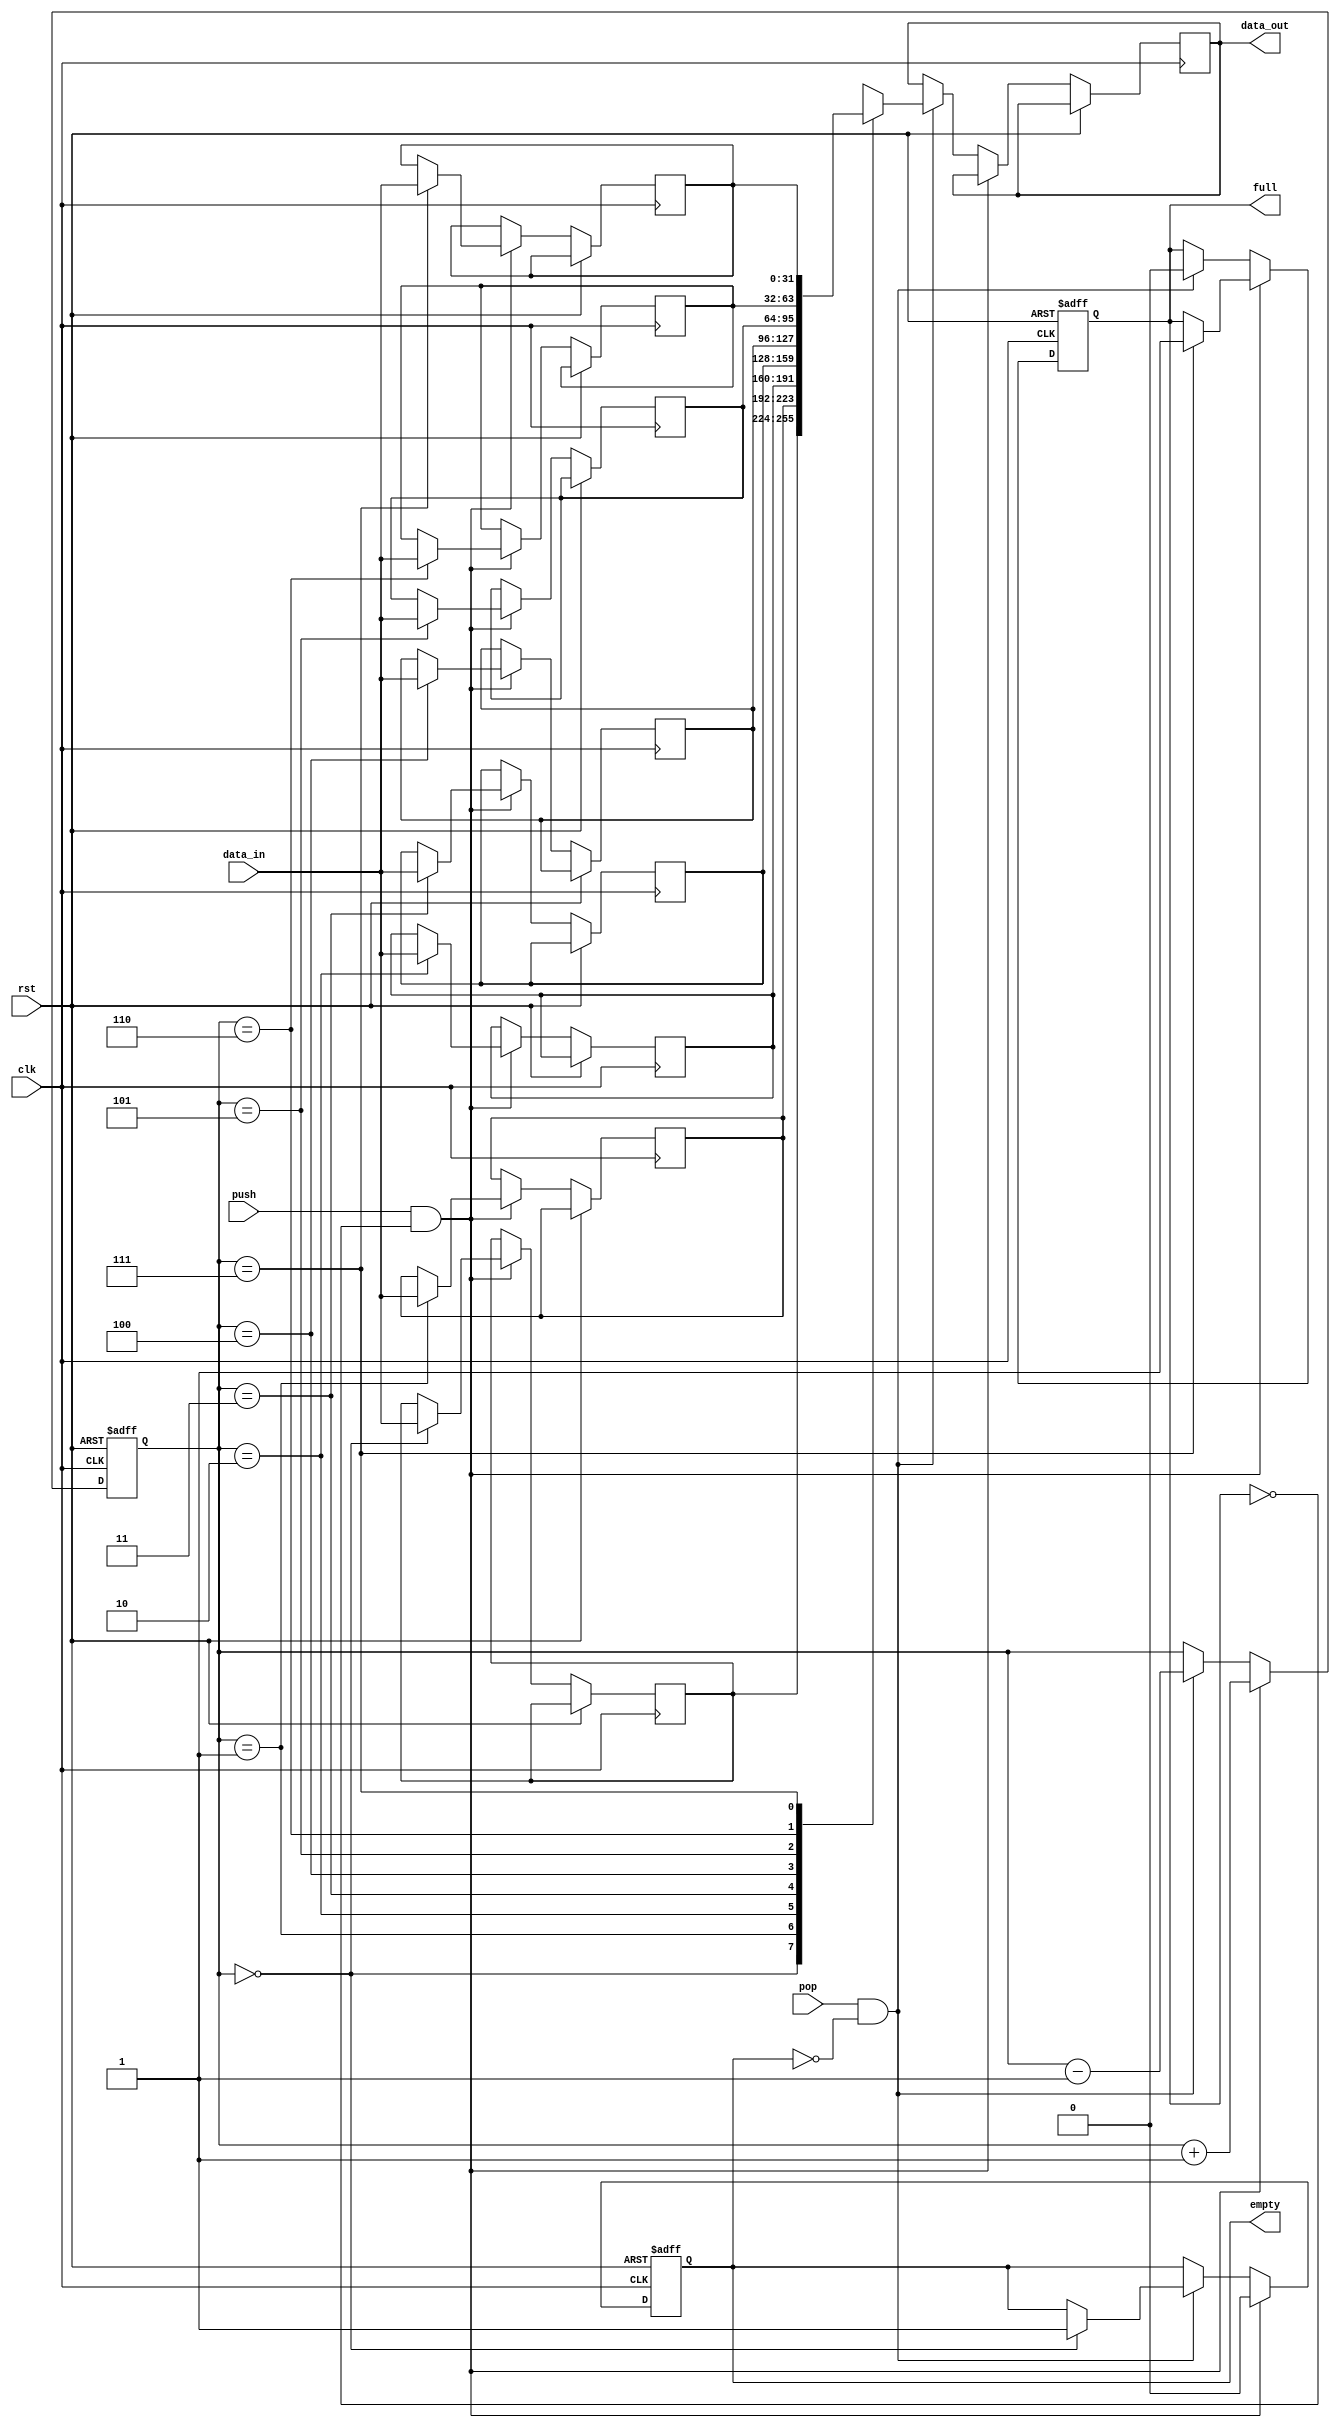
module MemoryBlocksStack (
    input wire clk,
    input wire rst,
    
    input wire push,
    input wire pop,
    input wire [31:0] data_in,
    
    output reg [31:0] data_out,
    
    output reg full,
    output reg empty
);

reg [31:0] memory [0:7];
reg [2:0] stack_pointer;

always @(posedge clk or posedge rst) begin
    if (rst) begin
        stack_pointer <= 0;
        full <= 0;
        empty <= 1;
    end else begin
        if (push && !full) begin
            memory[stack_pointer] <= data_in;
            stack_pointer <= stack_pointer + 1;
            if (stack_pointer == 7) begin
                full <= 1;
            end
            empty <= 0;
        end else if (pop && !empty) begin
            stack_pointer <= stack_pointer - 1;
            data_out <= memory[stack_pointer];
            if (stack_pointer == 0) begin
                empty <= 1;
            end
            full <= 0;
        end
    end
end

endmodule